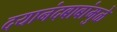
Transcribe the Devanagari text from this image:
दयानंदबाबांमुळे